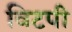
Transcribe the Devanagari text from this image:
विटपी